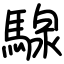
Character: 騡